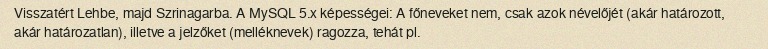
Visszatért Lehbe, majd Szrinagarba. A MySQL 5.x képességei: A főneveket nem, csak azok névelőjét (akár határozott, akár határozatlan), illetve a jelzőket (melléknevek) ragozza, tehát pl.